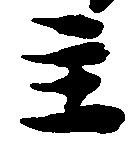
主